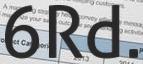
6RD.